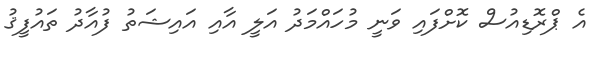
އެ ޕްރޮޑިއުސް ކޮށްފައި ވަނީ މުހައްމަދު އަލީ އާއި އައިޝަތު ފުއާދު ތައުފީޤު